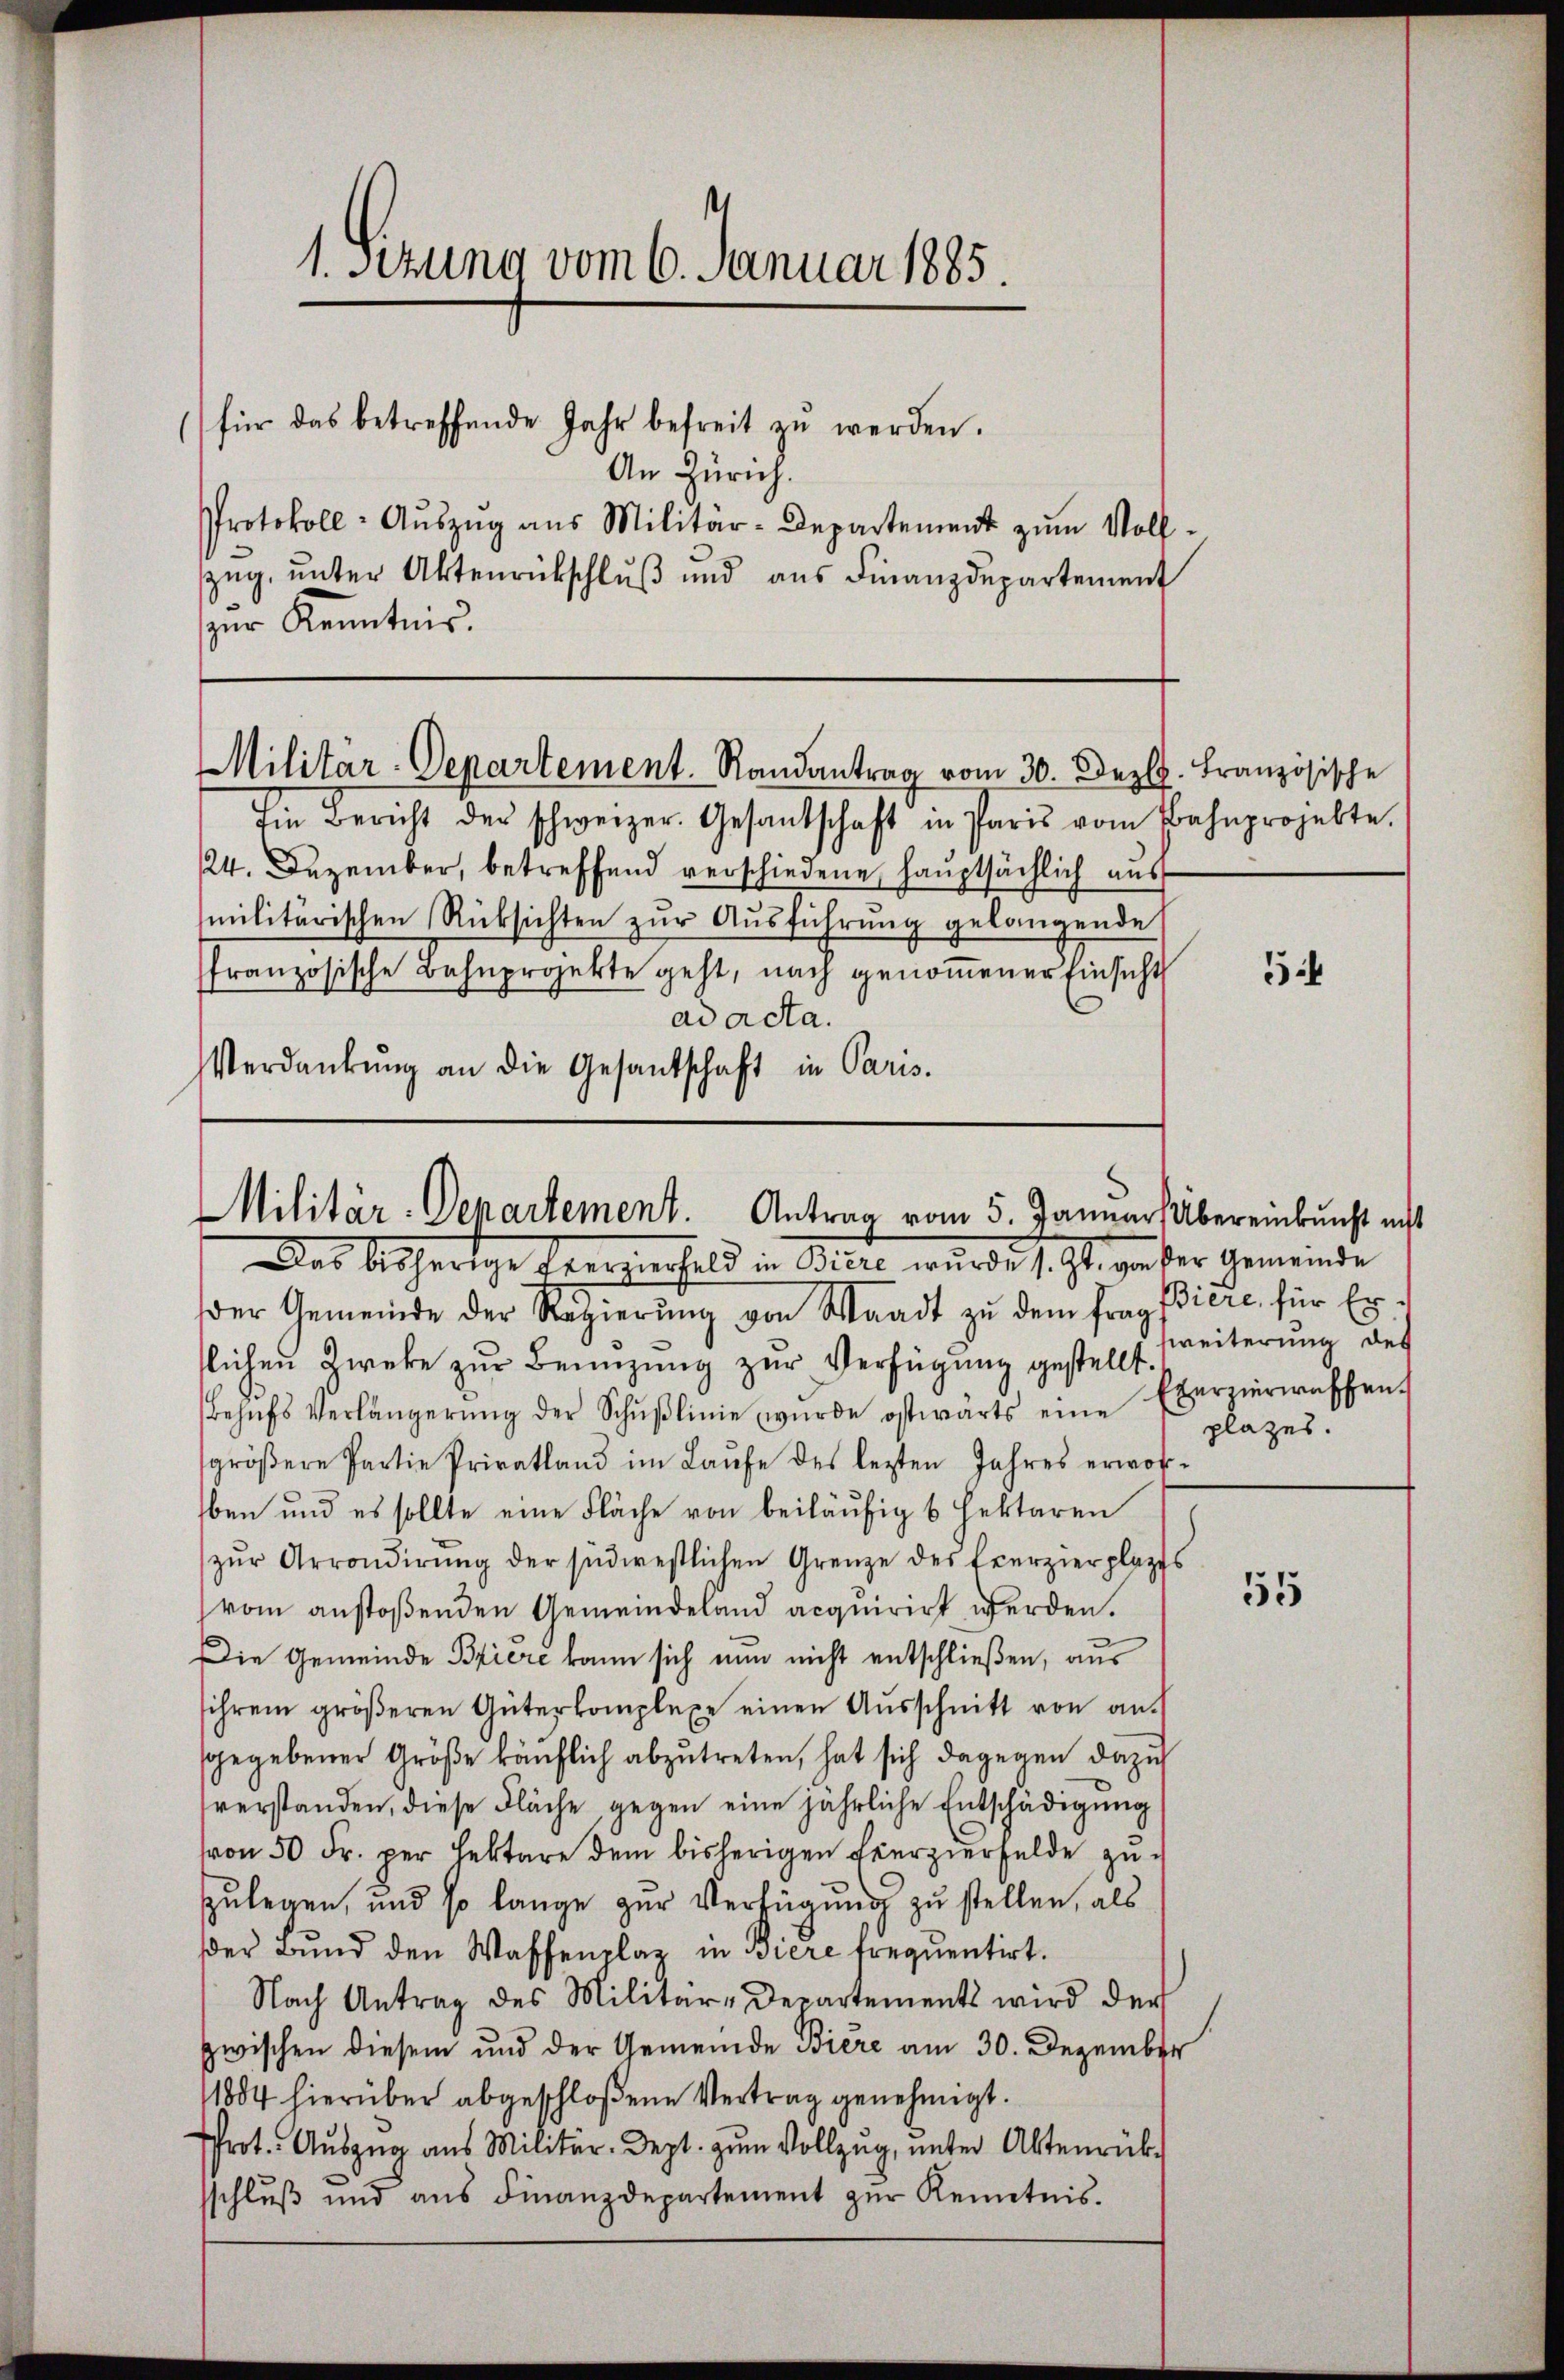
1. Setzung vom 6. Januar 1885.
(für das betreffende Jahr befreit zŭ werden.
An Zürich.
Protokoll- Aŭszŭg aŭs Militär-Departement zŭm Voll-
zug, unter Aktenrückschluß und aus Finanzdepartement
zur Kenntnis.

Militär-Departement. Randantrag vom 30. Dez. Französische

Im Bericht der schweizer. Gesandschaft in Paris vom Bahnprojekte.
24. Dezember, betreffend verschiedene, hauptsächlich aus
militärischen Rücksichten zŭr Aŭsführŭng gelangende
französische Bahnprojekte geht, nach genoṁener Einsicht
ad acta.
Verdankŭng an die Gesandschaft in Paris.

MMilitär-Departement. Antrag vom 5. Januar) Übereinkunft nicht
Das bisherige Ererzierfeld in Biere wurde s. Zt. von der Gemeinde

der Gemeinde der Regierŭng von Waadt zu dem Fragiere, für Er-
tlichen Zweke zur Benzung zur Verfügung gestellt.
Behŭfs Verlängerŭng der Schŭβlinie wurde ostwärts eine Exerziereffen.
gröβere Partie Privatland im Laŭfe des lezten Jahres erwor-
ben und es sollte eine Fläche von beiläufig & Hektoren
zŭr Arrondirŭng der südwestlichen Grenze des Exerzierplatts
vom anstoßenden Gemeindeland acquirirt werden.
Die Gemeinde Briere kann sich nun nicht entschließen, aus
sihrem gröβeren Güterkomplexe einen Aŭsschnitt von an
sgegebener Größe käuflich abzutreten, hat sich dagegen dazu
verstanden, diese Fläche, gegen eine jährliche Entschädigung
von 50 Fr. per Lektare dem bisherigen Exerzierfelde zu
zulegen, und so lange zur Verfügung zu stellen, als
der Bund den Waffenplaz in Biere frequentirt.
Nach Antrag des Militär-Departements wird der
zwischen diesem und der Gemeinde Biere am 30. Dezember
11884 hierüber abgeschloßene Vertrag genehmigt.
Prot. Aŭszŭg aŭs Militär-Dept. zŭm Vollzŭg, ŭnter Aktenrück-
sschlŭβ und aŭs Finanzdepartement zŭr Kenntnis.

zweiterung des
plazes.

5

55